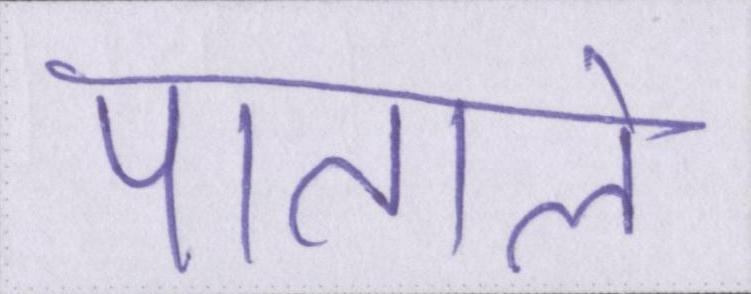
पाताले